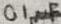
Text: 0.1µF